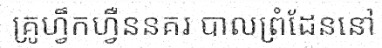
គ្រូហ្វឹកហ្វឺននគរ បាលព្រំដែននៅ